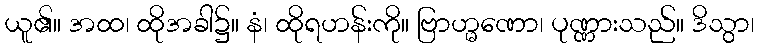
ယူ၏။ အထ၊ ထိုအခါ၌။ နံ၊ ထိုရဟန်းကို။ ဗြာဟ္မဏော၊ ပုဏ္ဏားသည်။ ဒိသွာ၊